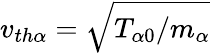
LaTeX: v_{th\alpha}=\sqrt{T_{\alpha 0}/m_{\alpha}}